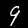
Label: 9